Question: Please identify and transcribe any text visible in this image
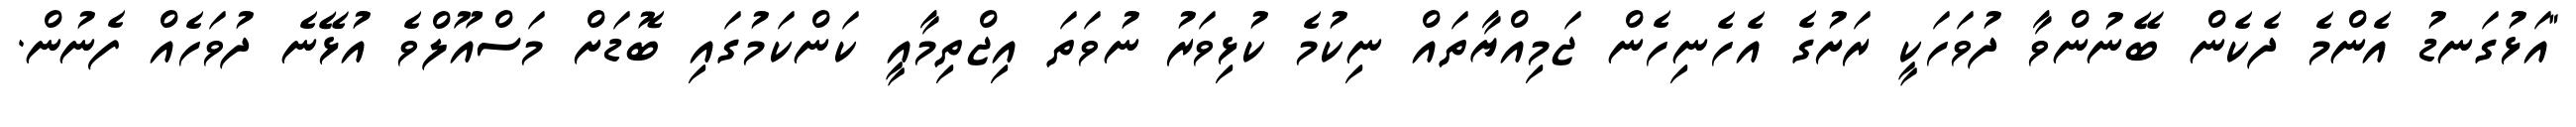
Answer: "އަޅުގަނޑު އެންމެ ދެކެން ބޭނުންވާ ދުވަހަކީ ރަށުގެ އެހެނިހެން ޖަމިއްޔާތައް ނިކުމެ ކުޅިވަރު ނުވަތަ އިޖްތިމާއީ ކަންކަމުގައި ބޮޑަށް މަސްއޫލްވެ އުޅޭނެ ދުވަހެއް ފެނުން.